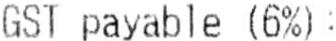
GST PAYABLE (6%):